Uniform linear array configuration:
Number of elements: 48
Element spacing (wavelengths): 0.5
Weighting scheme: cosine
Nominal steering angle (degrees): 30
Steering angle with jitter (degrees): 31.456
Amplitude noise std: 0.05
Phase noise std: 0.05

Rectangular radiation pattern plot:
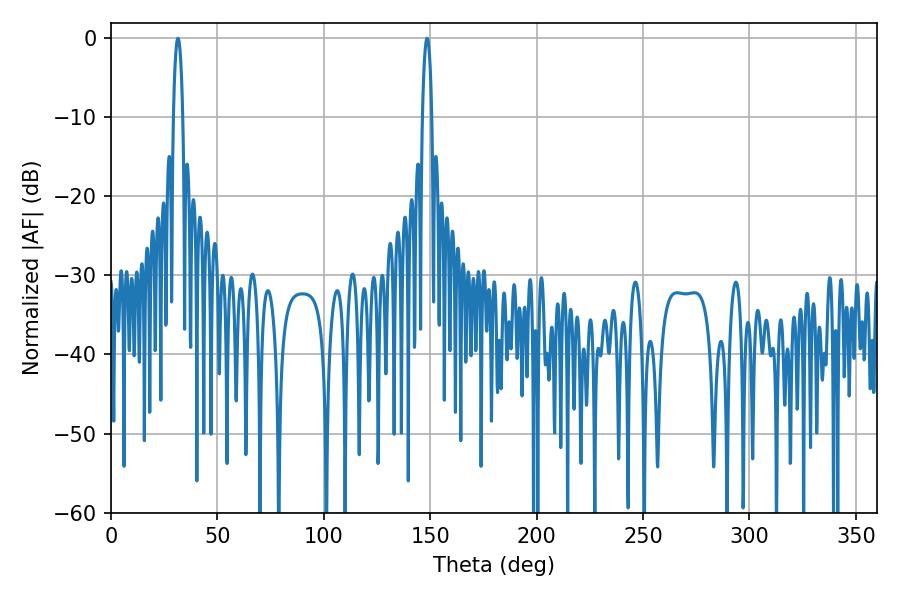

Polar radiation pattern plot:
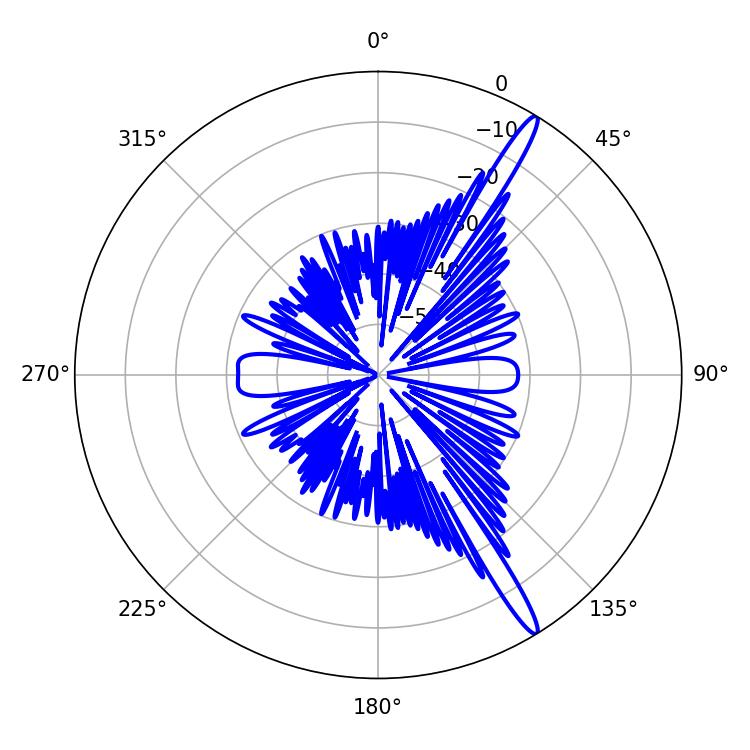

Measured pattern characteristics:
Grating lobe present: FALSE
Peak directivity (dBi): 15.906
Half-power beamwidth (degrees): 2.52
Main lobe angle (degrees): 31.5